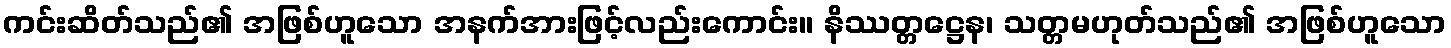
ကင်းဆိတ်သည်၏ အဖြစ်ဟူသော အနက်အားဖြင့်လည်းကောင်း။ နိဿတ္တဋ္ဌေန၊ သတ္တမဟုတ်သည်၏ အဖြစ်ဟူသော